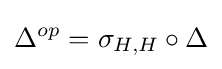
\Delta ^{op}=\sigma _{H,H}\circ \Delta